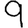
Digit: 9